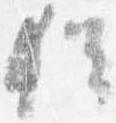
猶